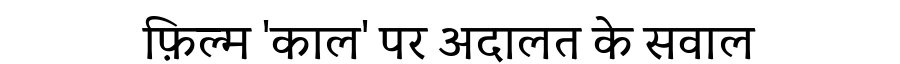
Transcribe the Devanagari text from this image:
फ़िल्म 'काल' पर अदालत के सवाल